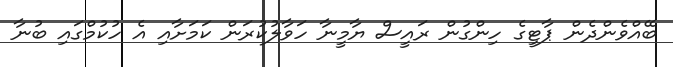
ބޭއްވެންދެން ޕާޓީގެ ހިންގުން ރައީސް ޔާމީނާ ހަވާލުކުރަން ކަމަށާއި އެ ހުކުމްގައި ބުނާ